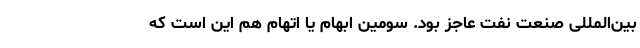
بین‌المللی صنعت نفت عاجز بود. سومین ابهام یا اتهام هم این است که